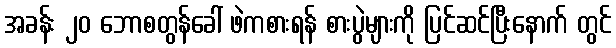
အခန်း ၂၀ ဘောစတွန်ခေါ် ဖဲကစားရန် စားပွဲများကို ပြင်ဆင်ပြီးနောက် တွင်